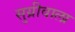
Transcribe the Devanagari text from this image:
सुग्रीवाला